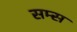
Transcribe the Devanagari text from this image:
सम्स